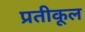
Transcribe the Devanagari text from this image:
प्रतीकूल